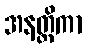
အနတ္ထိကာ